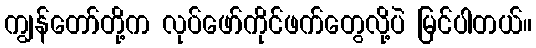
ကျွန်တော်တို့က လုပ်ဖော်ကိုင်ဖက်တွေလို့ပဲ မြင်ပါတယ်။